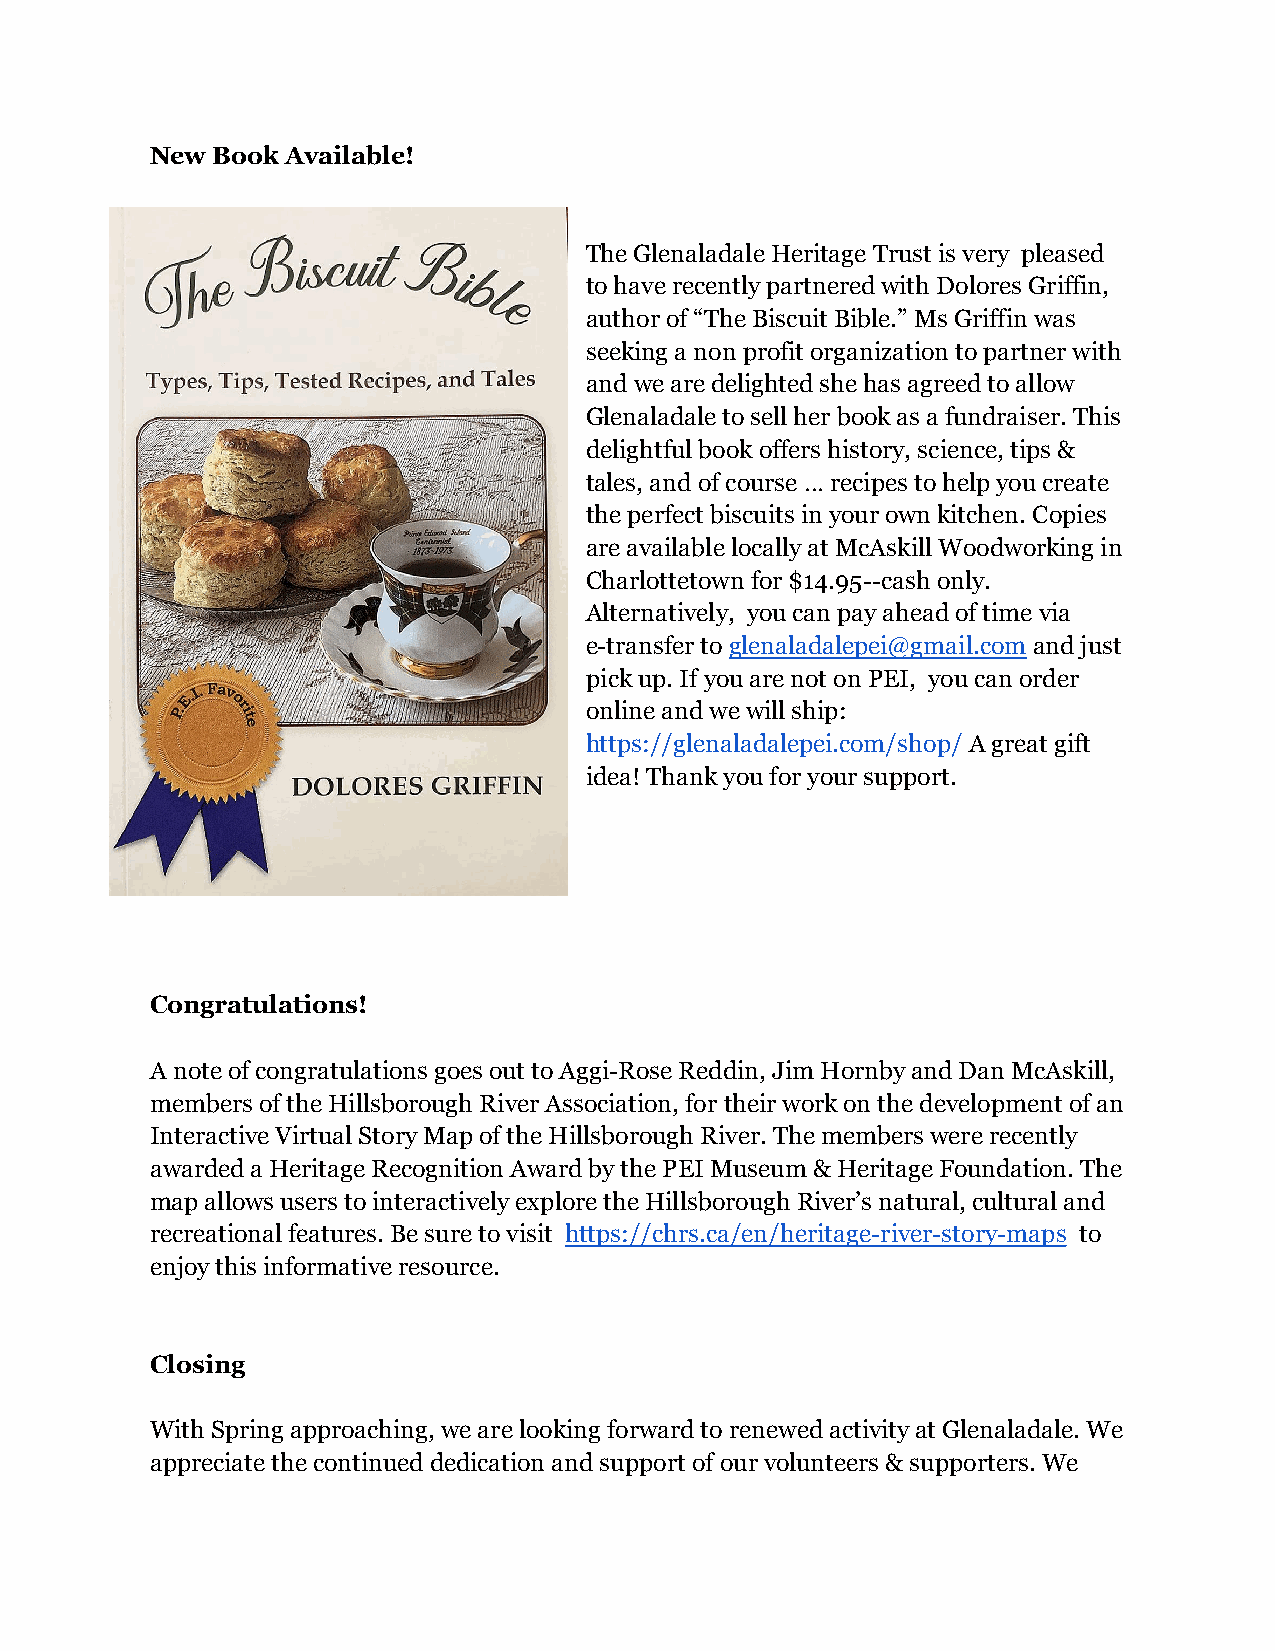
New Book Available!
 The Glenaladale Heritage Trust is very pleased
 to have recently partnered with Dolores Griffin,
 author of “The Biscuit Bible.” Ms Griffin was
 seeking a non profit organization to partner with
 and we are delighted she has agreed to allow
 Glenaladale to sell her book as a fundraiser. This
 delightful book offers history, science, tips &
 tales, and of course … recipes to help you create
 the perfect biscuits in your own kitchen. Copies
 are available locally atMcAskill Woodworking in
 Charlottetown for $14.95--cash only.
 Alternatively, you can pay ahead of time via
 e-transfer toglenaladalepei@gmail.comand just
 pick up. If you are not on PEI, you can order
 online and we will ship:
 https://glenaladalepei.com/shop/A great gift
 idea! Thank you for your support.
 Congratulations!
 A note of congratulations goes out to Aggi-Rose Reddin,Jim Hornby and Dan McAskill,
 members of the Hillsborough River Association, fortheir work on the development of an
 Interactive Virtual Story Map of the HillsboroughRiver. The members were recently
 awarded a Heritage Recognition Award by the PEI Museum& Heritage Foundation. The
 map allows users to interactively explore the HillsboroughRiver’s natural, cultural and
 recreational features. Be sure to visit https://chrs.ca/en/heritage-river-story-maps to
 enjoy this informative resource.
 Closing
 With Spring approaching, we are looking forward torenewed activity at Glenaladale. We
 appreciate the continued dedication and support ofour volunteers & supporters. We